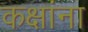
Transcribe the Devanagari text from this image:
कक्षांना